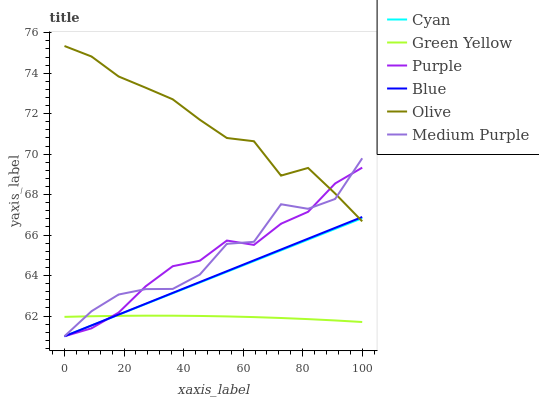
| xaxis_label | Cyan | Green Yellow | Purple | Blue | Olive | Medium Purple |
 | --- | --- | --- | --- | --- | --- | --- |
 | 0 | 61 | 62 | 61 | 61 | 75.3 | 61 |
 | 9.09 | 61.5 | 62 | 61.4 | 61.5 | 74.8 | 62.2 |
 | 18.2 | 62.1 | 62 | 62.2 | 62.1 | 73.8 | 63.1 |
 | 27.3 | 62.6 | 62 | 63.5 | 62.6 | 73.3 | 63.3 |
 | 36.4 | 63.1 | 62 | 64.5 | 63.1 | 72.7 | 63.3 |
 | 45.5 | 63.7 | 62 | 64.7 | 63.7 | 71.7 | 64 |
 | 54.5 | 64.2 | 62 | 65.7 | 64.2 | 70.8 | 65.6 |
 | 63.6 | 64.7 | 61.9 | 65.5 | 64.8 | 70.6 | 65.7 |
 | 72.7 | 65.2 | 61.9 | 66.6 | 65.3 | 68.9 | 67.5 |
 | 81.8 | 65.8 | 61.8 | 67.1 | 65.8 | 69.3 | 67.3 |
 | 90.9 | 66.3 | 61.8 | 68.6 | 66.4 | 68.1 | 67.8 |
 | 100 | 66.8 | 61.7 | 69.3 | 66.9 | 66.7 | 69.8 |